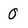
Character: O